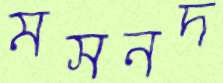
মসনদ